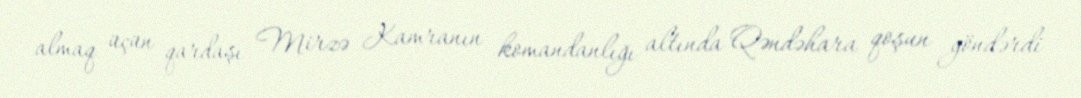
almaq üçün qardaşı Mirzə Kamranın komandanlığı altında Qəndəhara qoşun göndərdi